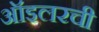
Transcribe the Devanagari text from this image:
ऑइलरची